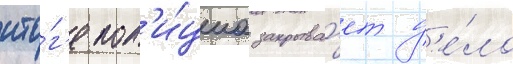
ито́г'е пол'и́циа закрыва́ет д'е́ло